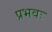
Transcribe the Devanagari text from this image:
प्रभवः